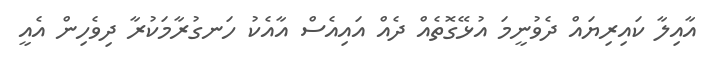
އާއިލާ ކައިރިޔައް ދެވުނީމަ އުޅޭގޮތެއް ދެއް އައިއެސް އާއެކު ހަނގުރާމަކުރާ ދިވެހިން އެއީ